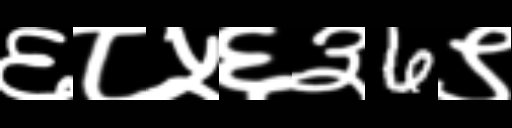
Text: ६८५६३6९